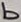
Text: b